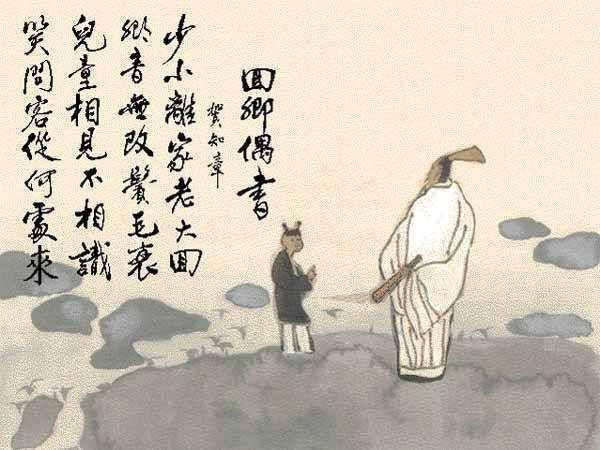
儿童相见不相识，笑问客从何处来。